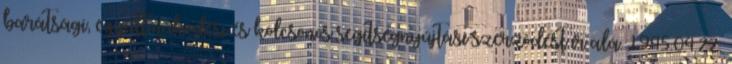
barátsági, együttmûködési és kölcsönös segítségnyújtási szerzõdést ír alá. 1945.04.22.